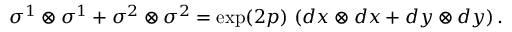
\sigma ^ { 1 } \otimes \sigma ^ { 1 } + \sigma ^ { 2 } \otimes \sigma ^ { 2 } = \exp ( 2 p ) \, \left( d x \otimes d x + d y \otimes d y \right) .